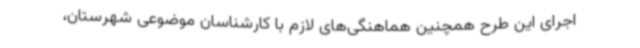
اجرای این طرح همچنین هماهنگی‌های لازم با کارشناسان موضوعی شهرستان،